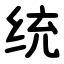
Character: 统